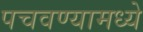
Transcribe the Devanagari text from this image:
पचवण्यामध्ये